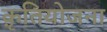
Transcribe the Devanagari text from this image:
क़ृतियोजना